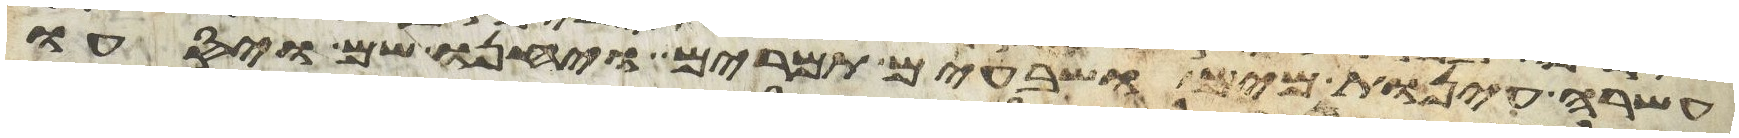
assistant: עשרה עינות מים ושבעים תמרים ויחנו שם ויסעו